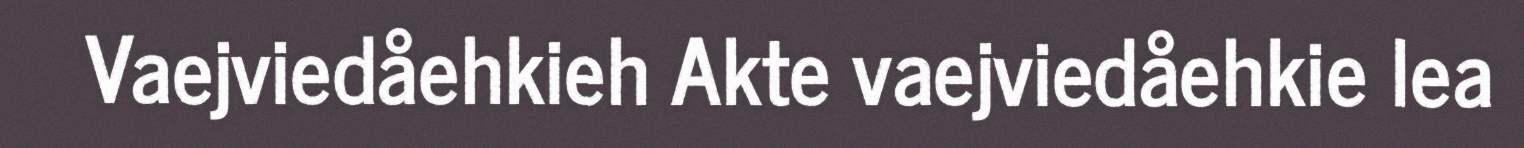
Vaejviedåehkieh Akte vaejviedåehkie lea